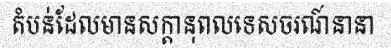
តំបន់ដែលមានសក្តានុពលទេសចរណ៍នានា